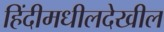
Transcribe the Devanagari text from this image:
हिंदीमधीलदेखील